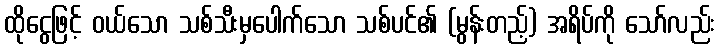
ထိုငွေဖြင့် ဝယ်သော သစ်သီးမှပေါက်သော သစ်ပင်၏ (မွန်းတည့်) အရိပ်ကို သော်လည်း